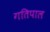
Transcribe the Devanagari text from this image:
गतिपाल